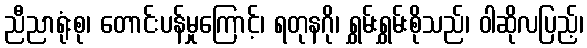
ညီညာရုံးစု၊ တောင်းပန်မှုကြောင့်၊ ရတုနဂို၊ ရွှမ်းရွှမ်းစိုသည်၊ ဝါဆိုလပြည့်၊